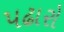
પઢારો